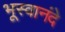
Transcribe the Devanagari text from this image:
भूस्वानंदे